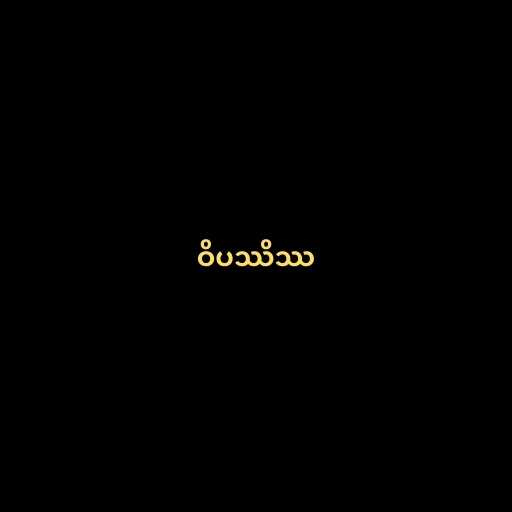
ဝိပဿိဿ